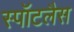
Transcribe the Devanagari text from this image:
स्पॉटलैस